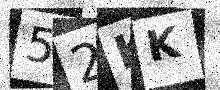
Text: 52KK